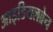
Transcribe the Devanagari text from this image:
आइडियलब्रेन